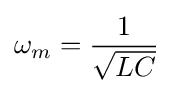
\omega _{m}={\frac {1}{\sqrt {LC}}}